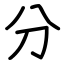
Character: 分